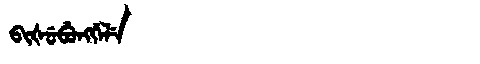
Manchu: ᠪᡳᡧᡠᠪᡠᠩᡤᡝᠯᡝ
Romanization: BIŠUBUNGGELE